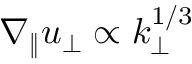
\nabla _ { \| } u _ { \perp } \propto k _ { \perp } ^ { 1 / 3 }